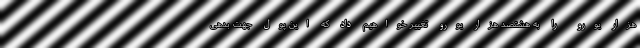
هزار یورو را به هشتصد هزار یورو تغییر خواهیم داد که این پول جهت بدهی